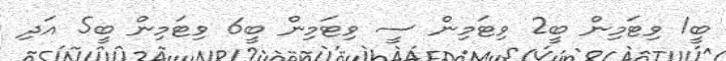
ބީ1 ވިޓަމިން ބީ2 ވިޓަމިން ސީ ވިޓަމިން ބީ6 ވިޓަމިން ބީ5 އަދި